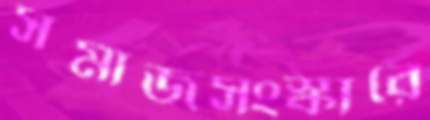
সমাজসংস্কারে